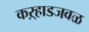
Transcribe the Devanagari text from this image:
कऱ्हाडजवळ